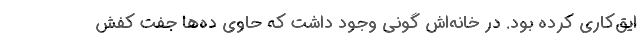
ایق‌کاری کرده بود. در خانه‌اش گونی وجود داشت که حاوی ده‌ها جفت کفش